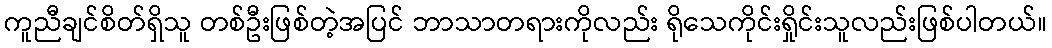
ကူညီချင်စိတ်ရှိသူ တစ်ဦးဖြစ်တဲ့အပြင် ဘာသာတရားကိုလည်း ရိုသေကိုင်းရှိုင်းသူလည်းဖြစ်ပါတယ်။